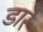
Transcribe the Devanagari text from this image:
डारे